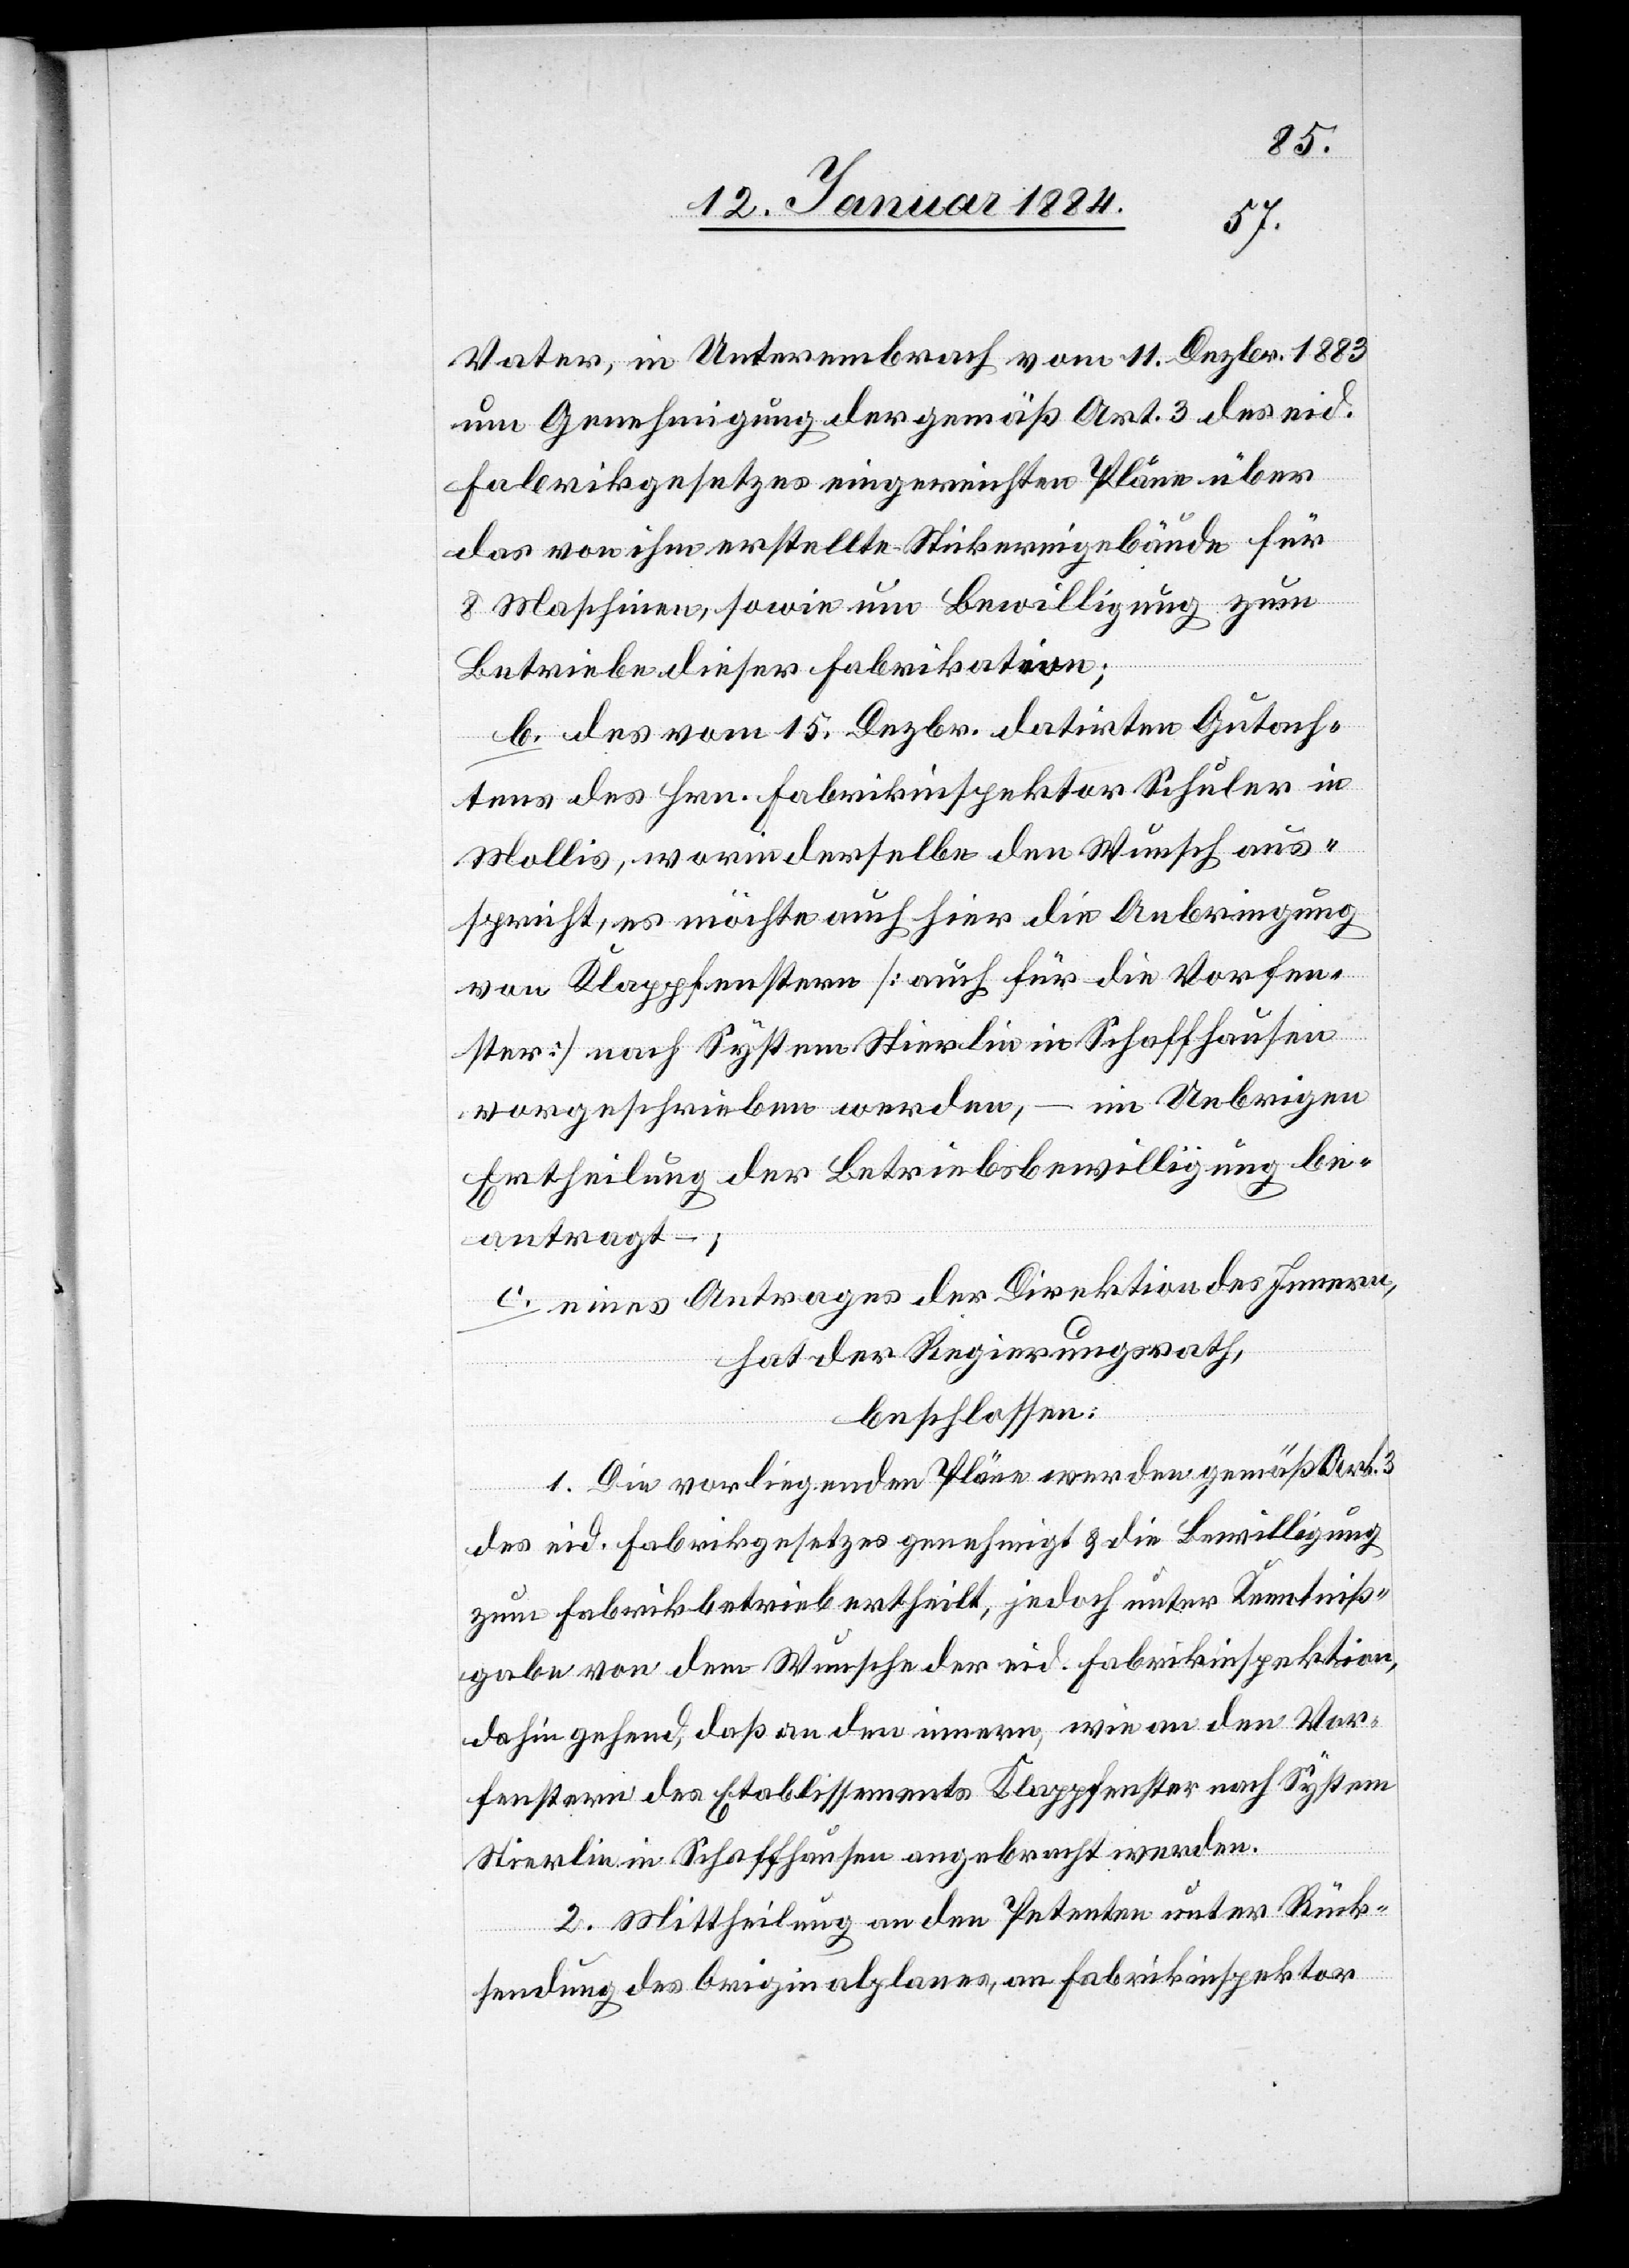
Vater, in Unterembrach, vom 11. Dezbr. 1883
um Genehmigung der Gemäß Art. 3 des eid.
Fabrikgesetztes eingereichten Pläne über
das von ihm erstellte Stickereigebäude für
8 Maschinen, sowie um Bewilligung zum
Betriebe dieser Fabrikation;
b) des vom 15. Dezbr. datirten Gutach¬
tens des Hrn. Fabrikinspektor Schuler in
Mollis, worin derselbe den Wunsch ans¬
pricht, es möchte auch hier die Anbringung
von Klappfenstern [auch für die Vorfen¬
ster] nach System Stierlin in Schaffhausen
vorgeschrieben werden, – im Uebrigen
Ertheilung der Betriebsbewilligung be¬
antragt –;
c) eines Antrages der Direktion des Innern,
hat der Regierungsrath,
beschlossen:
1. Die vorliegenden Pläne werden gemäß Art.
3
des eid. Fabrikgesetzes genehmigt & die Bewilligung
zum Fabrikbetreibe ertheilt, jedoch unter Kenntniß¬
gabe von dem Wunsche der eid. Fabrikinspektion,
dahin gehend, daß an den Innern, wie an den Vor¬
fenstern des Etablissements Klappfenster nach System
Stierlin in Schaffhausen angebracht werden.
2. Mittheilung an den Petenten unter Rück¬
sendung des Originalplanes, an Fabrikinspektor